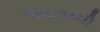
જહાજથી